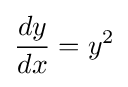
{\frac {dy}{dx}}=y^{2}